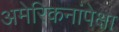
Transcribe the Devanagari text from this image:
अमेरिकनांपेक्षा